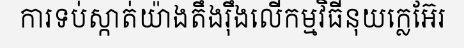
ការទប់ស្កាត់យ៉ាងតឹងរ៉ឹងលើកម្មវិធីនុយក្លេអ៊ែរ